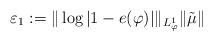
LaTeX: \begin{align*}\varepsilon_{1}:= \| \log|1-e(\varphi)| \|_{L^{1}_\varphi} \| \tilde\mu\| \end{align*}